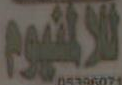
للألمنيوم